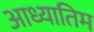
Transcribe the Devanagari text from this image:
आध्यातिम